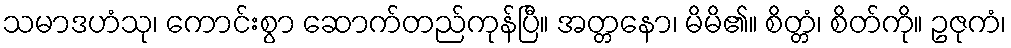
သမာဒဟံသု၊ ကောင်းစွာ ဆောက်တည်ကုန်ပြီ။ အတ္တနော၊ မိမိ၏။ စိတ္တံ၊ စိတ်ကို။ ဥဇုကံ၊